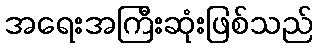
အရေးအကြီးဆုံးဖြစ်သည်